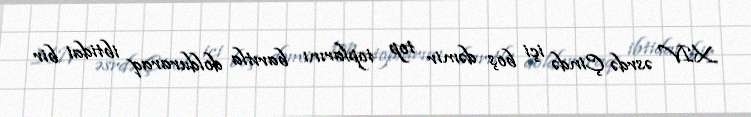
XIV əsrdə Çində içi boş dəmir top toplarını barıtla dolduraraq ibtidai bir